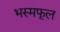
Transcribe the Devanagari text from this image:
भस्मफूल